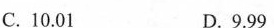
C.10.01 D.9.99